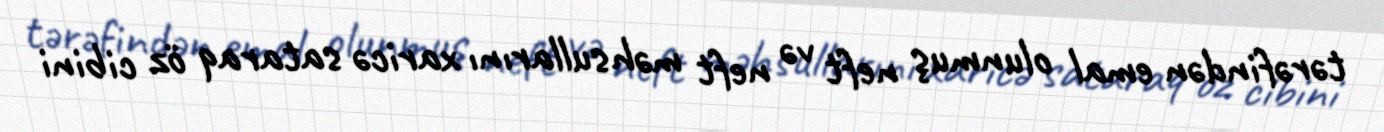
tərəfindən emal olunmuş neft və neft məhsullarını xaricə sataraq öz cibini